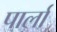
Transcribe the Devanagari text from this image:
पार्ला